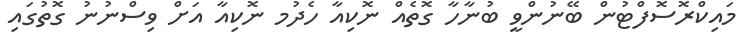
މައިކްރޮސޮފްޓުން ބޭނުންވީ ބުނާހާ ގޮތެއް ނޮކިއާ ހެދުމ ނޮކިއާ އަށް ވިސްނުނު ގޮތުގައި